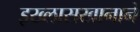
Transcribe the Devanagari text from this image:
इख्लासखानाने